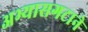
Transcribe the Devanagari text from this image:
अभ्यासगटाने